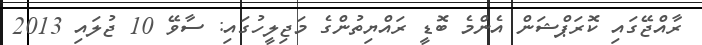
ރާއްޖޭގައި ކޮރަޕްޝަން އެންމެ ބޮޑީ ރައްޔިތުންގެ މަޖިލީހުގައި: ސާވޭ 10 ޖުލައި 2013